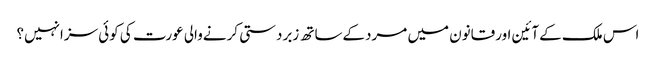
اس ملک کےآئین اورقانون میں مردکےساتھ زبردستی کرنےوالی عورت کی کوئی سزانہیں؟